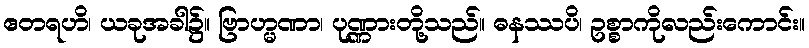
ဧတရဟိ၊ ယခုအခါ၌။ ဗြာဟ္မဏာ၊ ပုဏ္ဏားတို့သည်။ ဓနဿပိ၊ ဥစ္စာကိုလည်းကောင်း။